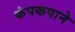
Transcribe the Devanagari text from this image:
कंपकपाने